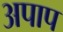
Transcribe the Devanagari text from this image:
अपाप